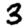
Digit: 3